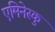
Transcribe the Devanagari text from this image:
एमिनेस्कु